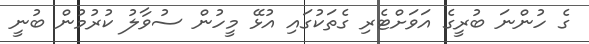
ގެ ހުންނަ ބުރީގެ އަވަށްޓެރި ގެތަކުގައި އުޅޭ މީހުން ސުވާލު ކުރުމުން ބުނީ